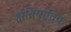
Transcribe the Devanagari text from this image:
क्षत्रियादिक